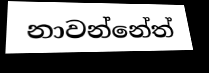
නාවන්නේත්